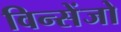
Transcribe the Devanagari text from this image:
विन्सेंजो